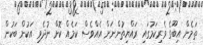
ތަމެން އިބޫގެ ވެރިކަމުގައި ރައްޔިތުންނަށް އެއްވެސް ކަމެއް ކޮށް ނުދެވި އަކުން ބަކުން